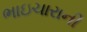
ભાઇચારાની